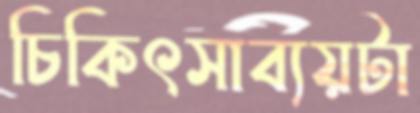
চিকিৎসাব্যয়টা